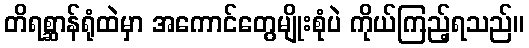
တိရစ္ဆာန်ရုံထဲမှာ အကောင်တွေမျိုးစုံပဲ ကိုယ်ကြည့်ရသည်။